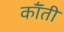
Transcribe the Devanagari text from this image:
कॉँती